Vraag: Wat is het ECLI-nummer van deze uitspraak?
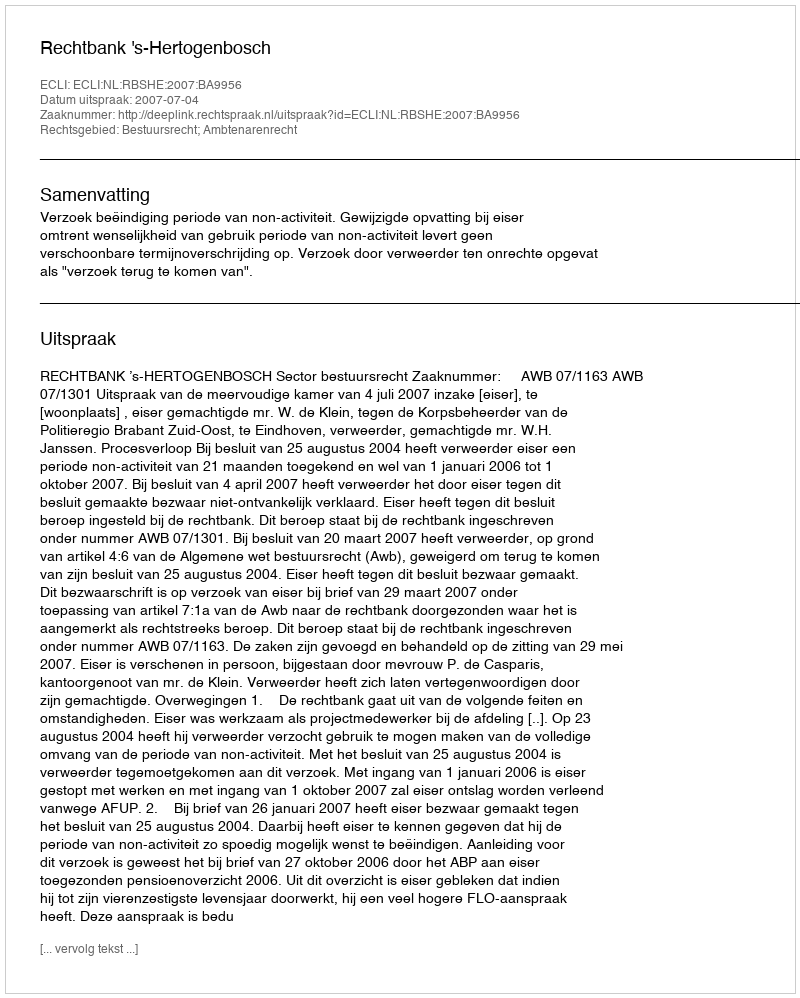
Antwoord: ECLI:NL:RBSHE:2007:BA9956